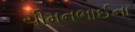
ચીમનભાઈના